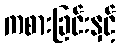
ကစားခြင်းနှင့်